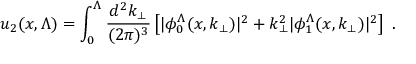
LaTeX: u _ { 2 } ( x , \Lambda ) = \int _ { 0 } ^ { \Lambda } { \frac { d ^ { 2 } k _ { \perp } } { ( 2 \pi ) ^ { 3 } } } \left[ | \phi _ { 0 } ^ { \Lambda } ( x , k _ { \perp } ) | ^ { 2 } + k _ { \perp } ^ { 2 } | \phi _ { 1 } ^ { \Lambda } ( x , k _ { \perp } ) | ^ { 2 } \right] \ .